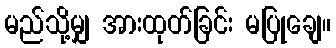
မည်သို့မျှ အားထုတ်ခြင်း မပြုချေ။